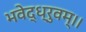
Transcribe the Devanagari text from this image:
भवेद्ध्रुवम्।।